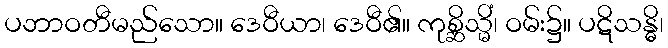
ပဘာဝတီမည်သော။ ဒေဝီယာ၊ ဒေဝီ၏။ ကုစ္ဆိသ္မိံ၊ ဝမ်း၌။ ပဋိသန္ဓိ၊